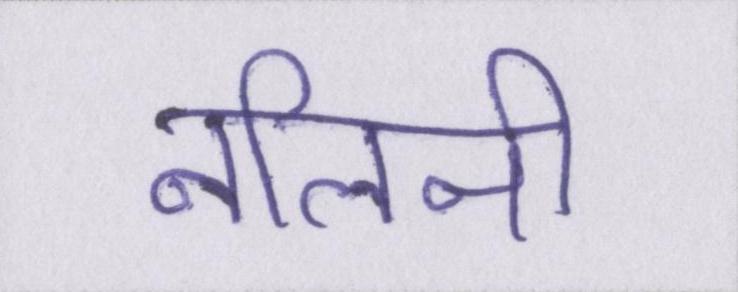
नलिनी